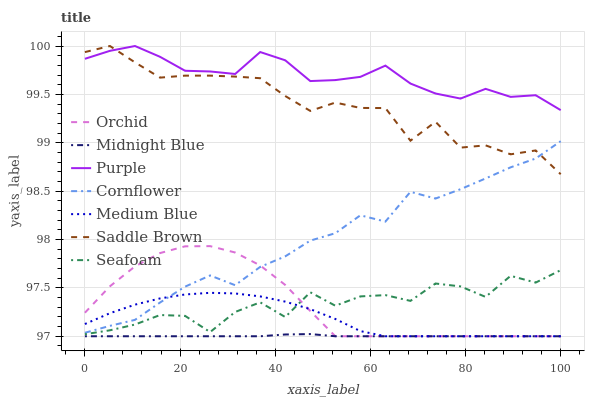
| xaxis_label | Orchid | Midnight Blue | Purple | Cornflower | Medium Blue | Saddle Brown | Seafoam |
 | --- | --- | --- | --- | --- | --- | --- | --- |
 | 0 | 97.2 | 97 | 99.9 | 97 | 97.1 | 99.9 | 97 |
 | 5.26 | 97.5 | 97 | 100 | 97.1 | 97.2 | 100 | 97.1 |
 | 10.5 | 97.7 | 97 | 100 | 97.2 | 97.3 | 99.8 | 97.1 |
 | 15.8 | 97.9 | 97 | 99.9 | 97.3 | 97.4 | 99.7 | 97.2 |
 | 21.1 | 97.9 | 97 | 99.7 | 97.5 | 97.4 | 99.7 | 97.2 |
 | 26.3 | 97.9 | 97 | 99.7 | 97.6 | 97.4 | 99.7 | 97 |
 | 31.6 | 97.9 | 97 | 99.7 | 97.5 | 97.4 | 99.7 | 97.3 |
 | 36.8 | 97.7 | 97 | 99.9 | 97.7 | 97.4 | 99.7 | 97.4 |
 | 42.1 | 97.5 | 97 | 99.9 | 97.8 | 97.4 | 99.5 | 97.2 |
 | 47.4 | 97.3 | 97 | 99.6 | 98 | 97.3 | 99.3 | 97.5 |
 | 52.6 | 97 | 97 | 99.6 | 98.1 | 97.2 | 99.4 | 97.3 |
 | 57.9 | 97 | 97 | 99.7 | 98.3 | 97.1 | 99.4 | 97.4 |
 | 63.2 | 97 | 97 | 99.8 | 98.2 | 97 | 99.4 | 97.4 |
 | 68.4 | 97 | 97 | 99.6 | 98.5 | 97 | 99 | 97.4 |
 | 73.7 | 97 | 97 | 99.5 | 98.4 | 97 | 99.2 | 97.5 |
 | 78.9 | 97 | 97 | 99.5 | 98.5 | 97 | 98.9 | 97.5 |
 | 84.2 | 97 | 97 | 99.6 | 98.6 | 97 | 99 | 97.4 |
 | 89.5 | 97 | 97 | 99.5 | 98.7 | 97 | 98.9 | 97.6 |
 | 94.7 | 97 | 97 | 99.5 | 98.8 | 97 | 98.9 | 97.6 |
 | 100 | 97 | 97 | 99.3 | 99 | 97 | 98.7 | 97.7 |